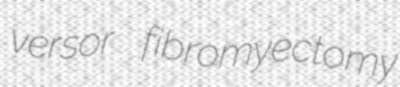
versor fibromyectomy